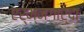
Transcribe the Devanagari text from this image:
एर्म्नगार्दा